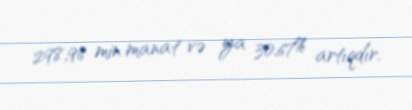
298,96 min manat və ya 30,67% artıqdır.